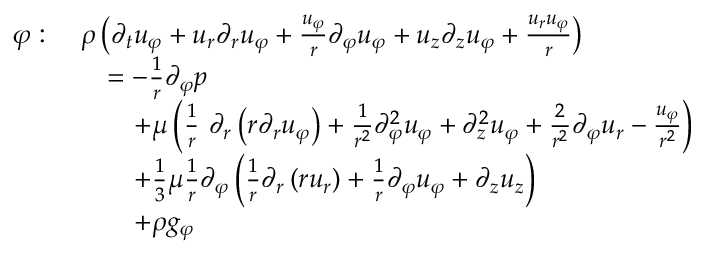
{ \begin{array} { r l } { \varphi : \ } & { \rho \left( { \partial _ { t } u _ { \varphi } } + u _ { r } { \partial _ { r } u _ { \varphi } } + { \frac { u _ { \varphi } } { r } } { \partial _ { \varphi } u _ { \varphi } } + u _ { z } { \partial _ { z } u _ { \varphi } } + { \frac { u _ { r } u _ { \varphi } } { r } } \right) } \\ & { \quad = - { \frac { 1 } { r } } { \partial _ { \varphi } p } } \\ & { \qquad + \mu \left( { \frac { 1 } { r } } \ \partial _ { r } \left( r { \partial _ { r } u _ { \varphi } } \right) + { \frac { 1 } { r ^ { 2 } } } { \partial _ { \varphi } ^ { 2 } u _ { \varphi } } + { \partial _ { z } ^ { 2 } u _ { \varphi } } + { \frac { 2 } { r ^ { 2 } } } { \partial _ { \varphi } u _ { r } } - { \frac { u _ { \varphi } } { r ^ { 2 } } } \right) } \\ & { \qquad + { \frac { 1 } { 3 } } \mu { \frac { 1 } { r } } \partial _ { \varphi } \left( { \frac { 1 } { r } } { \partial _ { r } \left( r u _ { r } \right) } + { \frac { 1 } { r } } { \partial _ { \varphi } u _ { \varphi } } + { \partial _ { z } u _ { z } } \right) } \\ & { \qquad + \rho g _ { \varphi } } \end{array} }